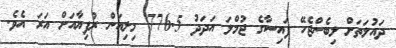
ދައުލަތަށް ލިބެންޖެހޭ ފައިސާގެ ޖުމްލަ އަދަދު 776.5 މިލިއަން ރުފިޔާއަށް އަރަ އެވެ.